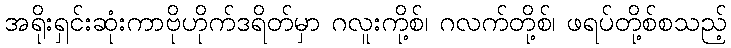
အရိုးရှင်းဆုံးကာဗိုဟိုက်ဒရိတ်မှာ ဂလူးကို့စ်၊ ဂလက်တို့စ်၊ ဖရပ်တို့စ်စသည့်